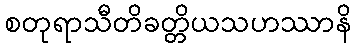
စတုရာသီတိခတ္တိယသဟဿာနိ